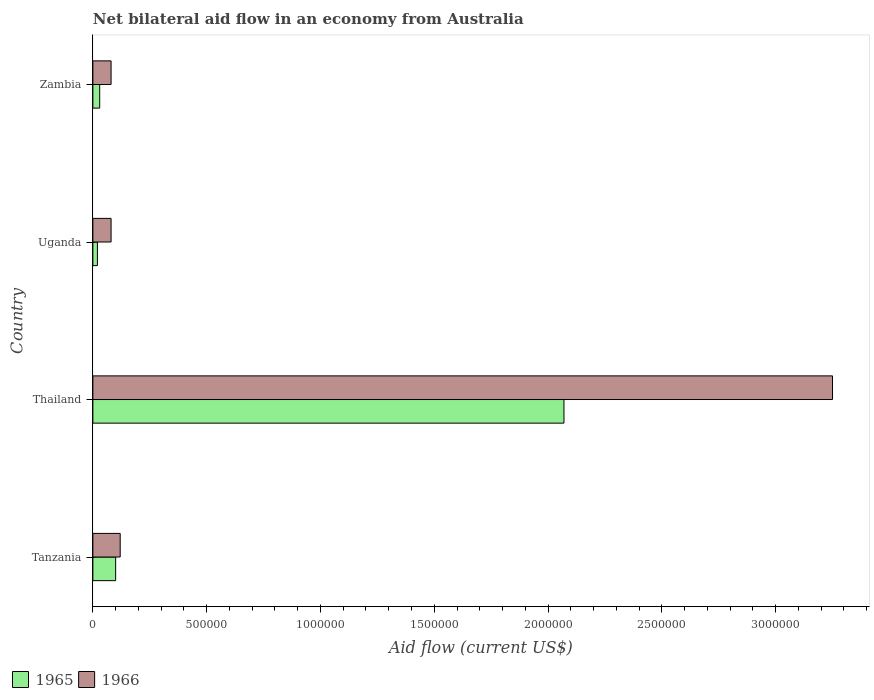
| Country | 1965 | 1966 |
 | --- | --- | --- |
 | Tanzania | 1e+05 | 1.2e+05 |
 | Thailand | 2.07e+06 | 3.25e+06 |
 | Uganda | 2e+04 | 8e+04 |
 | Zambia | 3e+04 | 8e+04 |